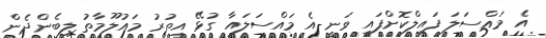
އެ މައްސަލަ ފައިލްކޮށްފައި ވަނީ އެ މައްސަލައާ ގުޅޭ އިތުރު މައުލޫމާތު ލިބެންދެން